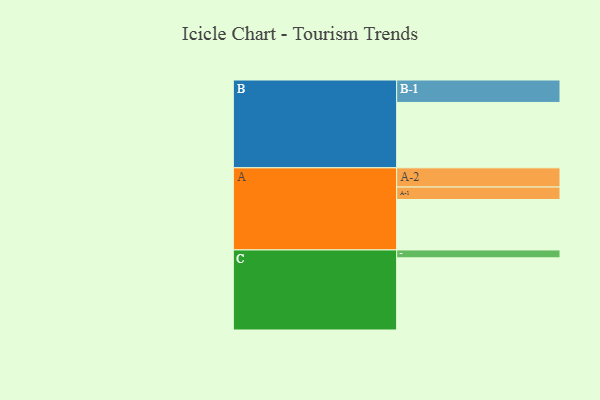
{"axis": {"x": "Segment", "y": "Value"}, "legend": ["", "A", "B", "C"], "data": [{"x": "A", "y": 344, "type": ""}, {"x": "B", "y": 446, "type": ""}, {"x": "C", "y": 492, "type": ""}, {"x": "A-1", "y": 85, "type": "A"}, {"x": "A-2", "y": 131, "type": "A"}, {"x": "B-1", "y": 153, "type": "B"}, {"x": "C-1", "y": 54, "type": "C"}]}